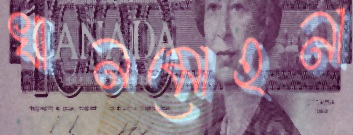
খানমোহনা